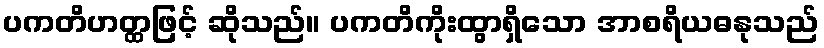
ပကတိဟတ္ထဖြင့် ဆိုသည်။ ပကတိကိုးထွာရှိသော အာစရိယဓနုသည်